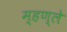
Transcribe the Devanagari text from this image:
म्हण्ले